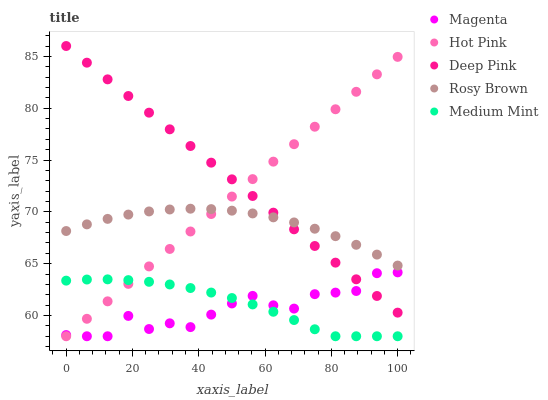
| xaxis_label | Magenta | Hot Pink | Deep Pink | Rosy Brown | Medium Mint |
 | --- | --- | --- | --- | --- | --- |
 | 0 | 58.1 | 58 | 86 | 68.2 | 63.4 |
 | 6.25 | 58 | 59.7 | 84.4 | 68.8 | 63.5 |
 | 12.5 | 58 | 61.4 | 82.8 | 69.3 | 63.5 |
 | 18.8 | 60 | 63.1 | 81.2 | 69.7 | 63.4 |
 | 25 | 58.7 | 64.7 | 79.6 | 70 | 63.3 |
 | 31.2 | 59.2 | 66.4 | 78 | 70.2 | 63 |
 | 37.5 | 58.9 | 68.1 | 76.4 | 70.3 | 62.7 |
 | 43.8 | 60.1 | 69.8 | 74.7 | 70.3 | 62.2 |
 | 50 | 61.2 | 71.5 | 73.1 | 70.1 | 61.7 |
 | 56.2 | 61.9 | 73.2 | 71.5 | 69.8 | 61.1 |
 | 62.5 | 61 | 74.8 | 69.9 | 69.5 | 60.4 |
 | 68.8 | 60.7 | 76.5 | 68.3 | 69 | 59.6 |
 | 75 | 62.1 | 78.2 | 66.7 | 68.4 | 58.7 |
 | 81.2 | 62.2 | 79.9 | 65.1 | 67.7 | 58 |
 | 87.5 | 62.4 | 81.6 | 63.5 | 66.8 | 58 |
 | 93.8 | 64.1 | 83.3 | 61.9 | 65.9 | 58 |
 | 100 | 64.2 | 85 | 60.3 | 64.8 | 58 |